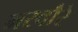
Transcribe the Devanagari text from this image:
मस्वौरे